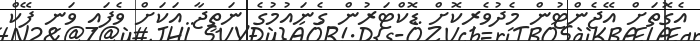
އެގޮތަށް އޭޖެންޓުން މެދުވެރިކޮށް ޑޮކްޓަރުން ގެނައުމުގެ ނަތީޖާ އަކަށް ވެފައި ވަނީ ފޭކް